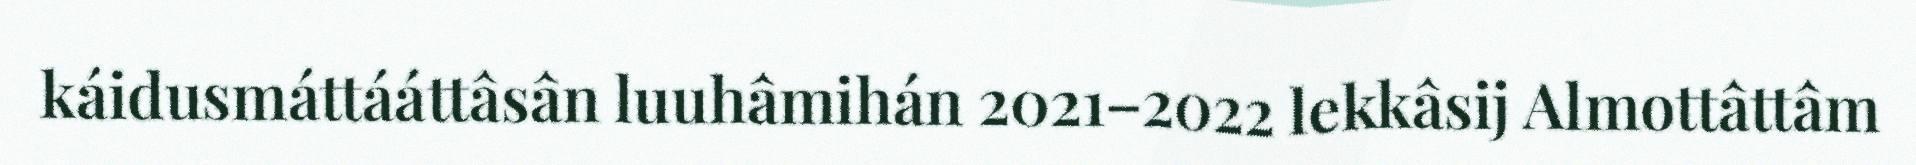
káidusmáttááttâsân luuhâmihán 2021–2022 lekkâsij Almottâttâm